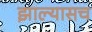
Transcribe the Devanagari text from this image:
झाल्यासच